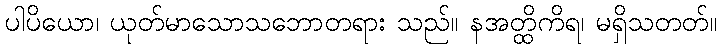
ပါပိယော၊ ယုတ်မာသောသဘောတရား သည်။ နအတ္ထိကိရ၊ မရှိသတတ်။